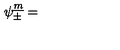
\psi _ { \pm } ^ { \underline { m } } =